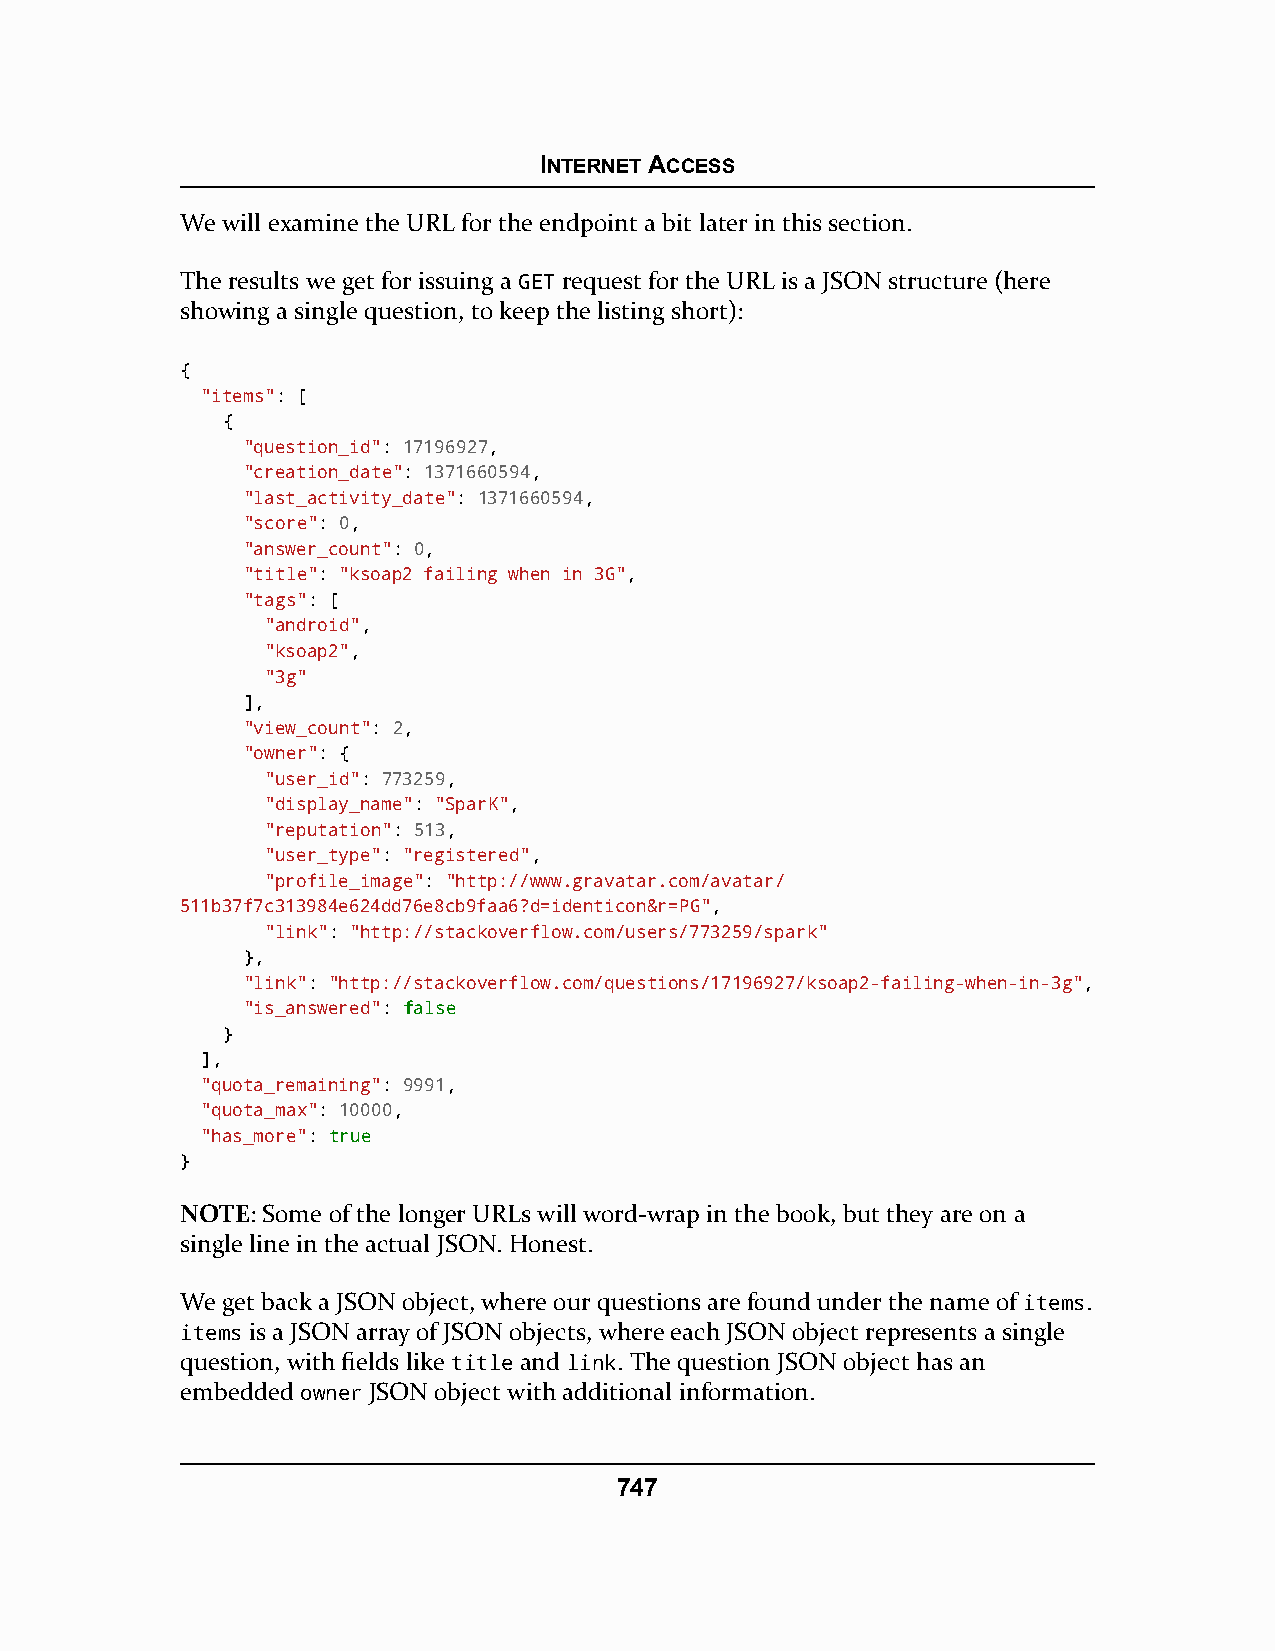
INTERNET ACCESS
 We will examine the URL for the endpoint a bit later in this section.
 The results we get for issuing a GET request for the URL is a JSON structure (here
 showing a single question, to keep the listing short):
 {
 "items": [
 {
 "question_id": 17196927,
 "creation_date": 1371660594,
 "last_activity_date": 1371660594,
 "score": 0,
 "answer_count": 0,
 "title": "ksoap2 failing when in 3G",
 "tags": [
 "android",
 "ksoap2",
 "3g"
 ],
 "view_count": 2,
 "owner": {
 "user_id": 773259,
 "display_name": "SparK",
 "reputation": 513,
 "user_type": "registered",
 "profile_image": "http://www.gravatar.com/avatar/
 511b37f7c313984e624dd76e8cb9faa6?d=identicon&r=PG",
 "link": "http://stackoverflow.com/users/773259/spark"
 },
 "link": "http://stackoverflow.com/questions/17196927/ksoap2-failing-when-in-3g",
 "is_answered": ffaallssee
 }
 ],
 "quota_remaining": 9991,
 "quota_max": 10000,
 "has_more": ttrruuee
 }
 NOTE: Some of the longer URLs will word-wrap in the book, but they are on a
 single line in the actual JSON. Honest.
 We get back a JSON object, where our questions are found under the name of items.
 items is a JSON array of JSON objects, where each JSON object represents a single
 question, with fields like title and link. The question JSON object has an
 embedded owner JSON object with additional information.
 747